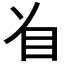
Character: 𱲣